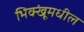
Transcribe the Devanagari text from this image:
भिक्खूंमधील